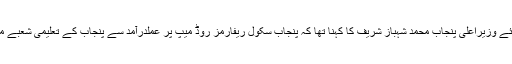
اجلاس سے خطاب کرتے ہوئے وزیراعلیٰ پنجاب محمد شہباز شریف کا کہنا تھا کہ پنجاب سکول ریفارمز روڈ میپ پر عملدرآمد سے پنجاب کے تعلیمی شعبے میں خاطرخواہ بہتری آئی ہے۔